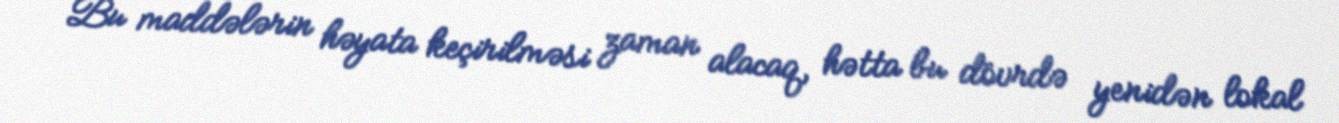
Bu maddələrin həyata keçirilməsi zaman alacaq, hətta bu dövrdə yenidən lokal